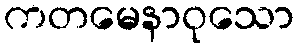
ကတမေနာဝုသော